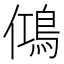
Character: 𬷉